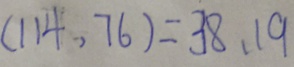
( 1 1 4 , 7 6 ) = 3 8 , 1 9